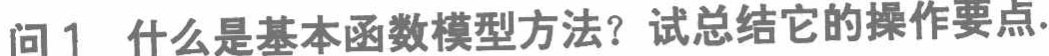
问1 什么是基本函数模型方法？试总结它的操作要点.